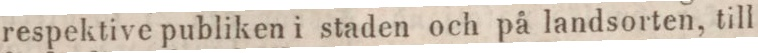
respektive publiken i staden och på landsorten, till